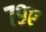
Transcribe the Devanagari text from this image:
७९ए